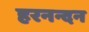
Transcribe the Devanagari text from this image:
हरनन्दन